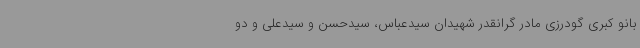
بانو کبری گودرزی مادر گرانقدر شهیدان سیدعباس، سیدحسن و سیدعلی و دو